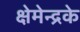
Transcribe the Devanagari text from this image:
क्षेमेन्द्रके